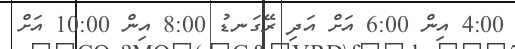
4:00 އިން 6:00 އަށް އަދި ރޭގަނޑު 8:00 އިން 10:00 އަށް